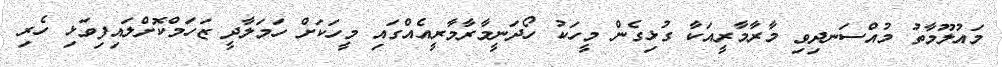
މައުލޫމާތު މުއްސަނދިވި މާރާމާރީއަކާ ގުޅިގެން މީހަކު ހޯދަނީމާރާމާރީއެއްގައި މީހަކަށް ހަމަލާދީ ޒަހަމްކޮށްލައިފިވަޅި ހެރި